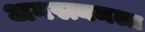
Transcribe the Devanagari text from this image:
अगस्त्यमला